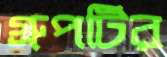
গ্রুপটির